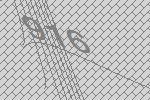
916